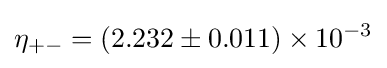
\eta _{+-}=\left(2.232\pm 0.011\right)\times 10^{-3}